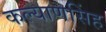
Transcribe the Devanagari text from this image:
कल्‍याणसिंह